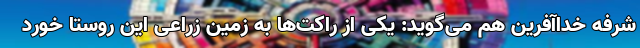
شرفه خداآفرین هم می‌گوید: یکی از راکت‌ها به زمین زراعی این روستا خورد